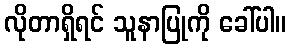
လိုတာရှိရင် သူနာပြုကို ခေါ်ပါ။